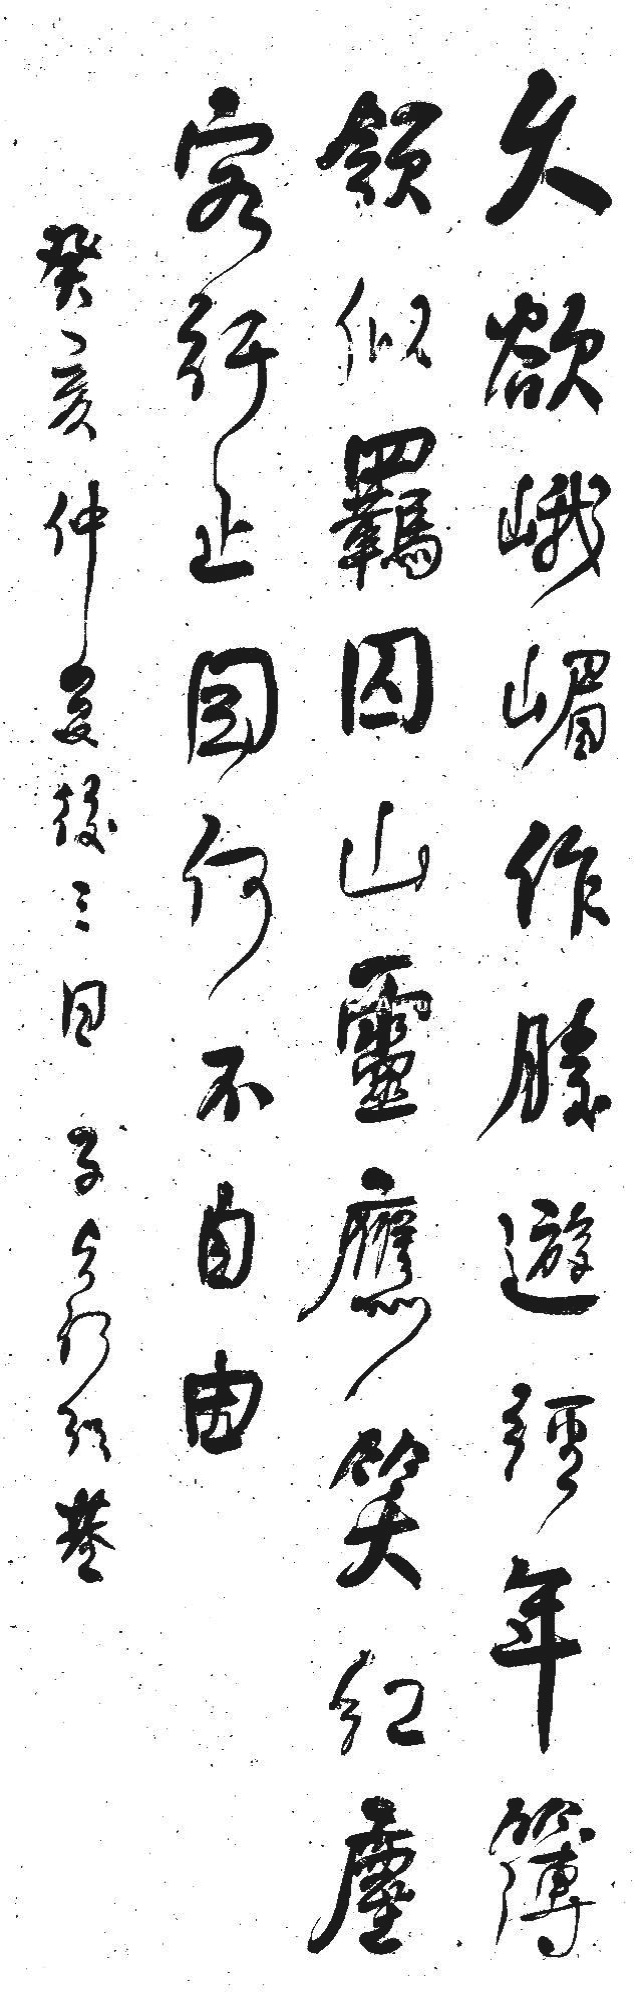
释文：久欲峨眉作胜游，经年蒪领似羁囚。山灵应笑红尘客，行止因何不自由。癸亥仲夏后三日，子贞何绍基。